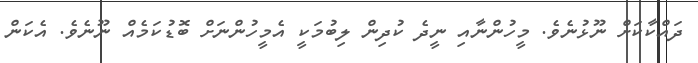
ދައްކާކަށް ނޫޅުނެވެ. މީހުންނާއި ނީދެ ކުދިން ލިބުމަކީ އެމީހުންނަށް ބޮޑުކަމެއް ނޫނެވެ. އެކަން